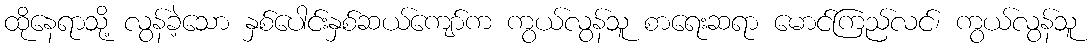
ထိုနေရာသို့ လွန်ခဲ့သော နှစ်ပေါင်းနှစ်ဆယ်ကျော်က ကွယ်လွန်သူ စာရေးဆရာ မောင်ကြည်လင်၊ ကွယ်လွန်သူ